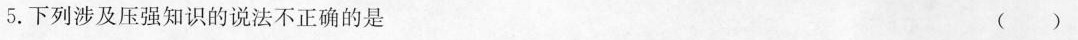
5.下列涉及压强知识的说法不正确的是 ()